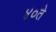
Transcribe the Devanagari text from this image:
४०ते